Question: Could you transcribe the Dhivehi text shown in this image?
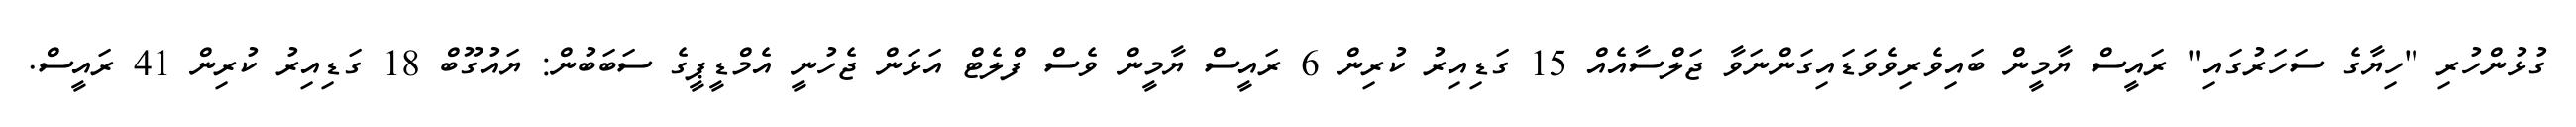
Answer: ގުޅުންހުރި "ހިޔާގެ ސަހަރުގައި" ރައީސް ޔާމީން ބައިވެރިވެވަޑައިގަންނަވާ ޖަލްސާއެއް 15 ގަޑިއިރު ކުރިން 6 ރައީސް ޔާމީން ވެސް ފްލެޓް އަޅަން ޖެހުނީ އެމްޑީޕީގެ ސަބަބުން: ޔައުގޫބް 18 ގަޑިއިރު ކުރިން 41 ރައީސް.